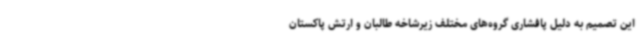
این تصمیم به دلیل پافشاری گروه‌های مختلف زیرشاخه طالبان و ارتش پاکستان